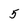
Character: 5